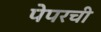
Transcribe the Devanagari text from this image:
पेपरची